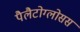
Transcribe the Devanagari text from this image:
पैलैटोग्लोसस